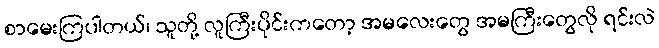
စာမေးကြပါတယ်၊ သူတို့ လူကြီးပိုင်းကတော့ အမလေးတွေ အမကြီးတွေလို ရင်းလဲ